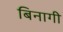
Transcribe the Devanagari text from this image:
बिनागी